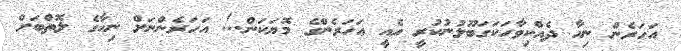
އަހަރެން ނިހާ ދެއްކިވާހަކަގަބޫލުނުކުރީ އެއީ އަހަރެންގެ މޮޔަކަން..! އަހަރެންނަށް ނިހާގެ ލޮތްބަށް